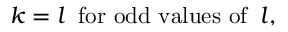
k = l \; \; \mathrm { f o r ~ o d d ~ v a l u e s ~ o f } \; \; l ,